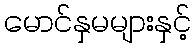
မောင်နှမများနှင့်